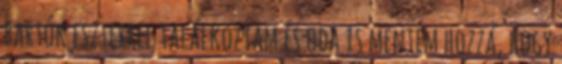
bartók eszterrel találkoztam és oda is mentem hozzá, hogy